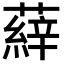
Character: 𮑝